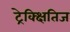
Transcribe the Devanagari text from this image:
ट्रेक्क्षितिज